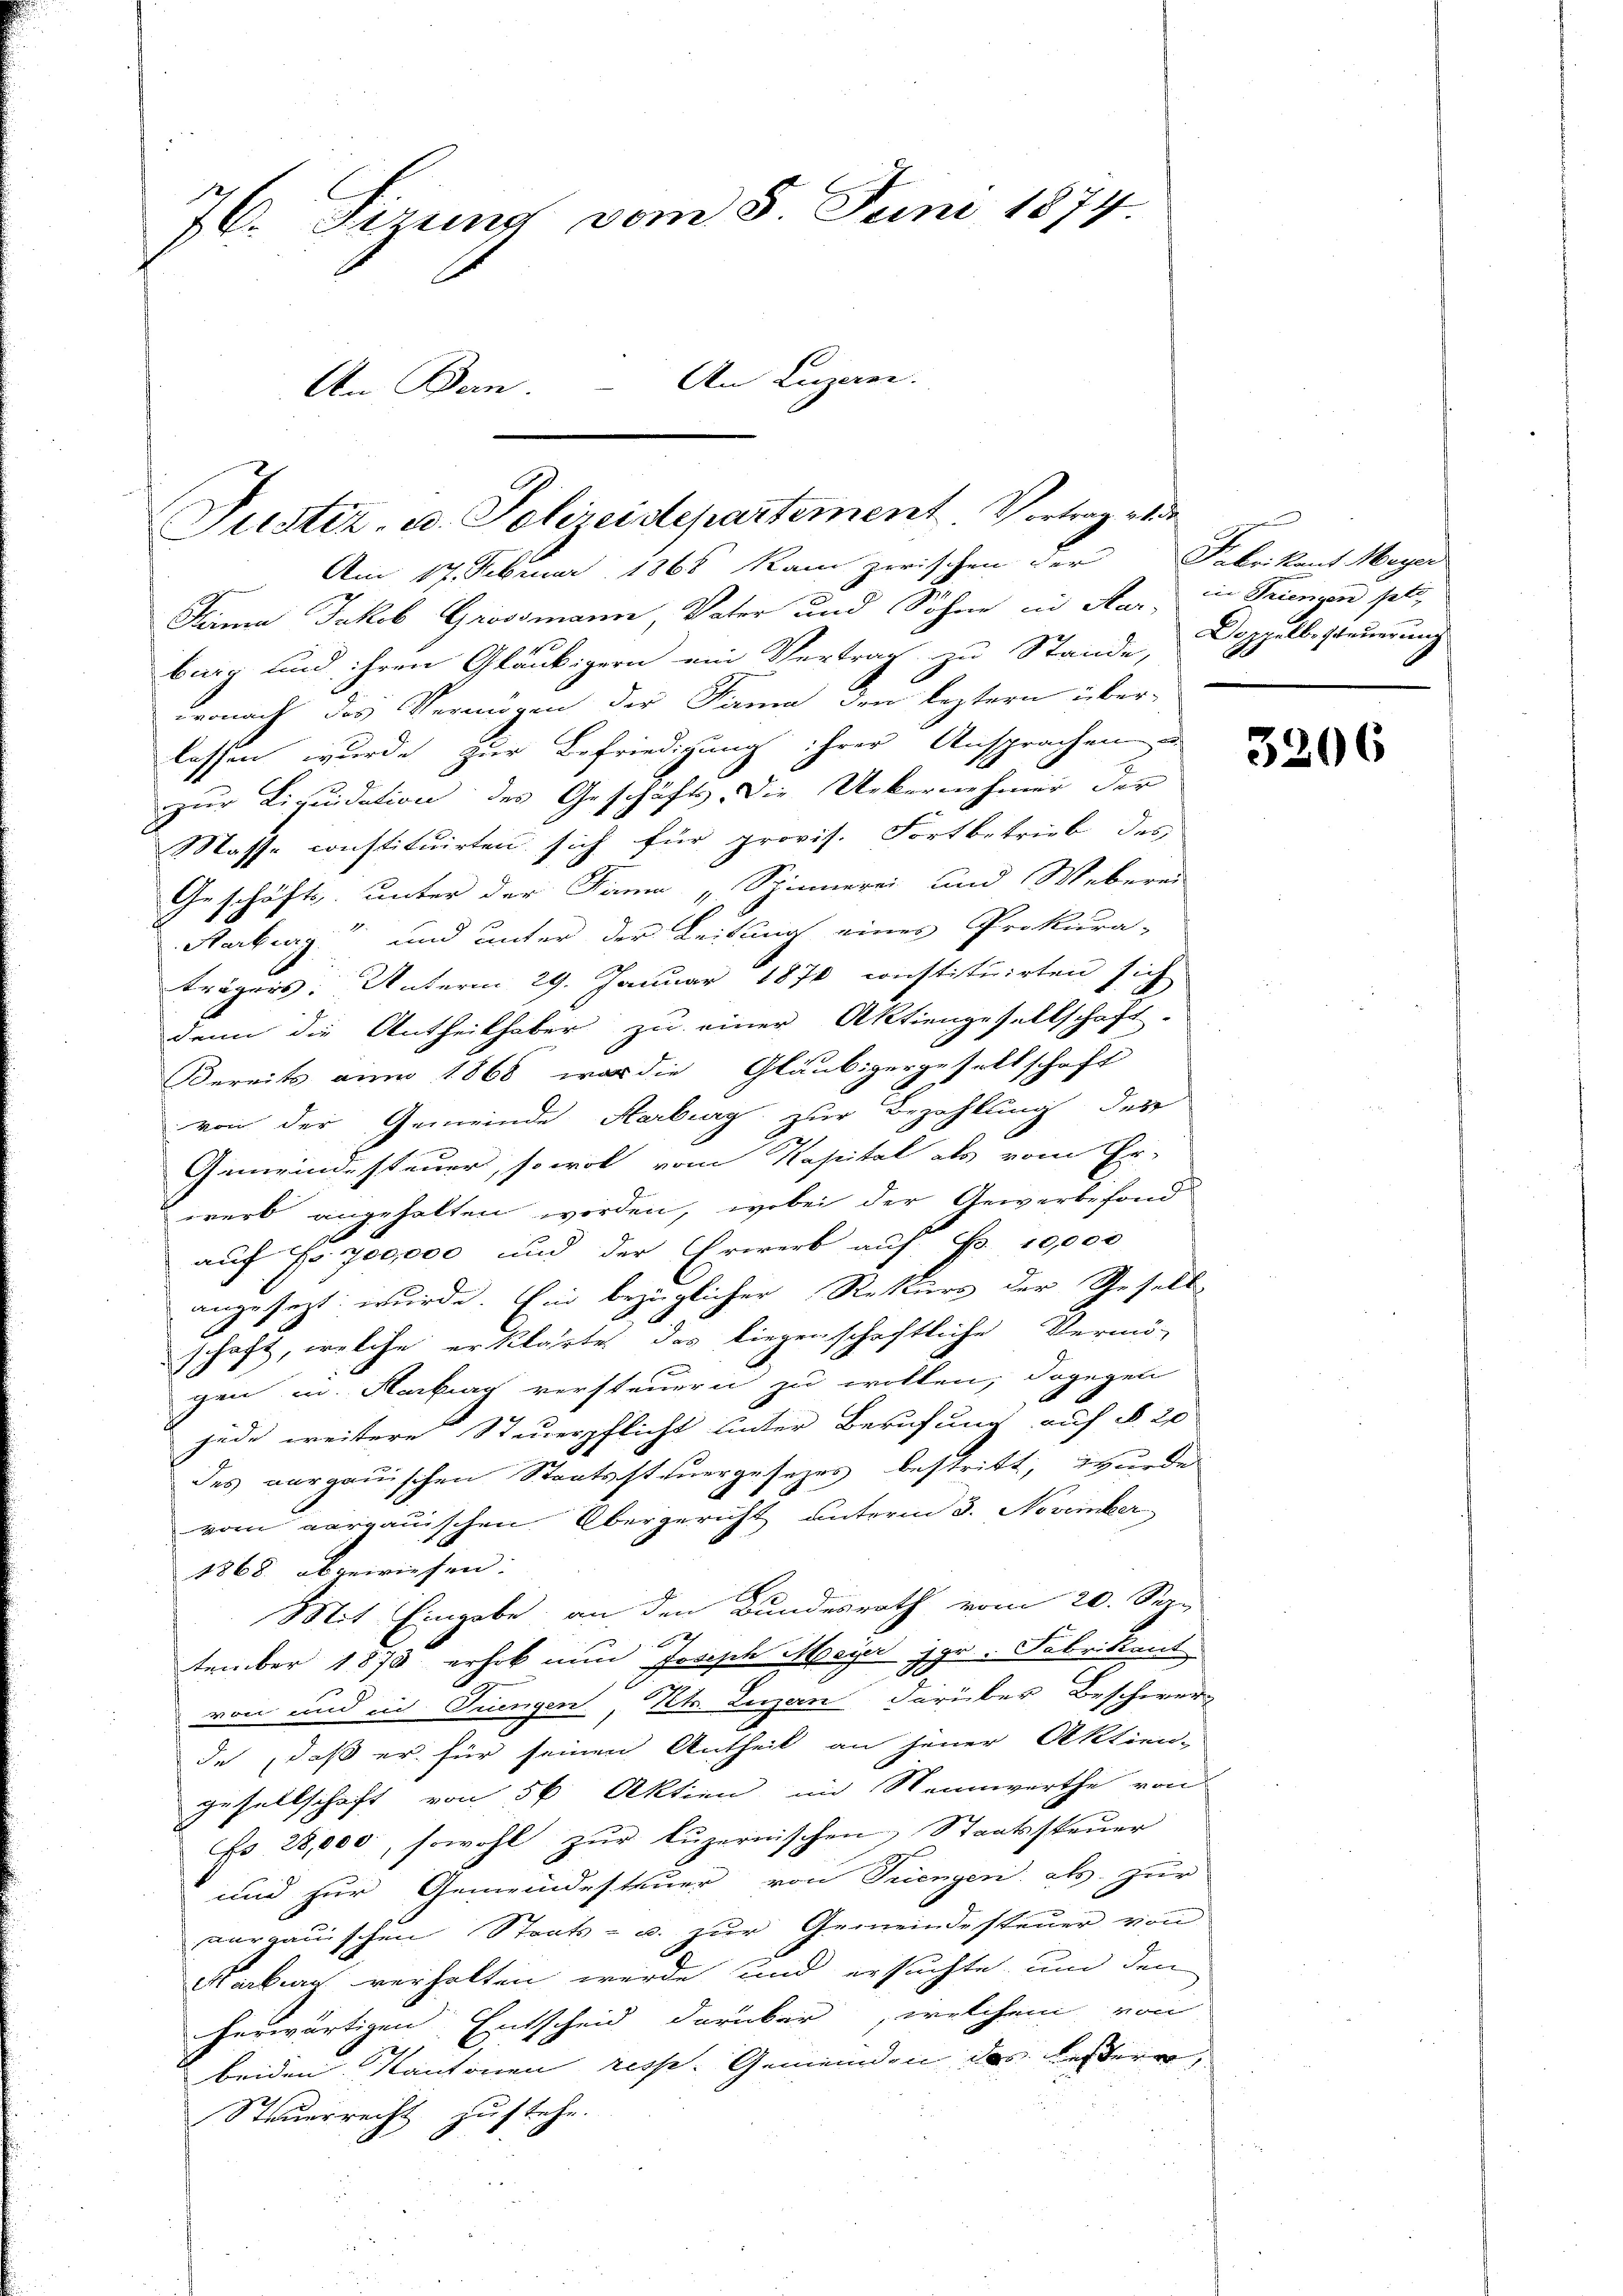
76. Fizung vom 5. Juni 1874.
An Bern. – An Luzerne.

Am 17. Februar 1868 kam zwischen der Fabrikant Meyer
Stern Jakob Grossmann, Vater und Söhne in Aar, in Triengen peti
burg und ihren Gläubigern ein Vertrag zu Stande,
wonach das Vermögen der Fama den leztern über-
lassen wurde zur Befriedigung ihrer Ansprachen
zur Liquidation des Geschäfts. Die Uebernehmer der
Masse constituirten sich für provis. Fortbetrieb des
Geschäfts unter der Kaum "Spinnerei und Weberei
Aarburg und unter der Leitung eines Prokura-
trägers: Unterm 29. Januar 1870 constituirten sich
denn die Antheilhaber zu einer Aktiengesellschaft.
Bereits am 1868 war die Gläubigergesellschaft
von der Gemeinde Karburg zur Bezahlung der
Gemeindesteuer, so wol vom Kapital als vom Er-
werb angehalten worden, wobei der Gewerbefond
auf Fr. 700,000 und der Erwerb auf Fr. 10,000
angesezt wurde. Ein bezüglicher Rekurs der Gesell-
schaft, welche erklärte das liegenschaftliche Vermö-
gen in Antrag versteuern zu wollen, dagegen
jede weitere Steuerpflicht unter Berufung auf § 20
des aargauischen Staatssteuergesezes bestritt, wurde
vom aargauischen Obergericht unterm 3. November
1868 abgewiesen.
Mit Eingabe, an den Bundesrath vom 20. Sep.
647
tember 1878 erhob nun fosisch Meyer Hr. Fabrikant
von und in Tungen, Kt. Luzern darüber Beschwer-
de, daß er für seinen Antheil an jener Aktien-
Gesellschaft von 56 Aktien im Wennwerthe von
Es 28,000, sowohl zur luzernischen Staatssteuer
und zur Gemeindesteuer von Triengen als zur
aurgauischen Staats- u. zur Gemeindesteuer von
Kakau verhalten werde und ersuchte, um den
herwärtigen Entscheid darüber, welchem von
beiden Kantonen resp. Gemeinden das bestere,
Steuerrecht zustehe.

Justiz, u. Polizeidepartement. Vortrag es de

Doppelle Steuerung

3206